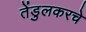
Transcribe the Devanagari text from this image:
तेंडुलकरचे